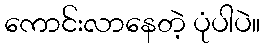
ကောင်းလာနေတဲ့ ပုံပါပဲ။